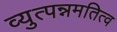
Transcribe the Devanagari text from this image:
व्युत्पन्नमतित्व